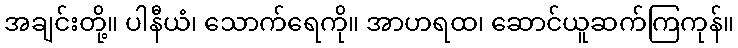
အချင်းတို့။ ပါနီယံ၊ သောက်ရေကို။ အာဟရထ၊ ဆောင်ယူဆက်ကြကုန်။